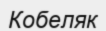
Кобеляк